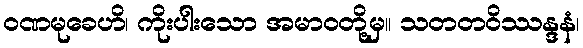
ဝဏမုခေဟိ၊ ကိုးပါးသော အမာဝတို့မှ။ သတတဝိဿန္ဒနံ၊